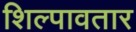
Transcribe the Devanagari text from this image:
शिल्पावतार